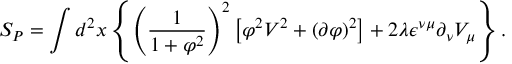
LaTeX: S _ { P } = \int d ^ { 2 } x \left\{ \left( \frac { 1 } { 1 + \varphi ^ { 2 } } \right) ^ { 2 } \left[ \varphi ^ { 2 } V ^ { 2 } + ( \partial \varphi ) ^ { 2 } \right] + 2 \lambda \epsilon ^ { \nu \mu } \partial _ { \nu } V _ { \mu } \right\} .